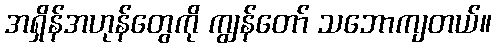
အရှိန်အဟုန်တွေကို ကျွန်တော် သဘောကျတယ်။